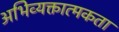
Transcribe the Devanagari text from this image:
अभिव्यक्तात्मकता